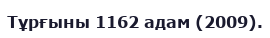
Тұрғыны 1162 адам (2009).